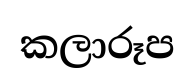
කලාරූප